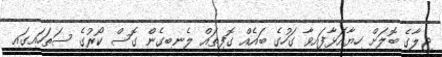
ޖިލާގެ ބޮލަށް ހިޔާއަޅާފައިވާ ގަހުގެ ބައެއް ގޮފިތައް ލެނބިގެން ގޮސް ކޯރުގެ ސަތަހައިގައި